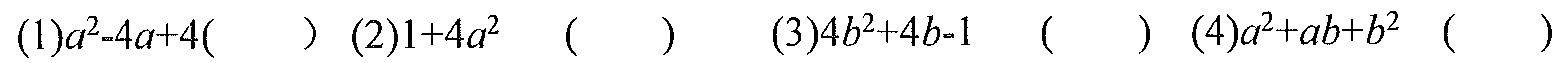
(1)$a^{2}-4a + 4(\quad)$ (2)$1 + 4a^{2}\ (\quad)$ (3)$4b^{2}+4b - 1\ (\quad)$ (4)$a^{2}+ab + b^{2}\ (\quad)$